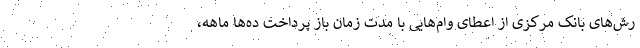
رش‌های بانک مرکزی از اعطای وام‌هایی با مدت زمان باز پرداخت ده‌ها ماهه،